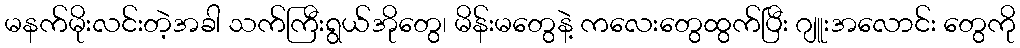
မနက်မိုးလင်းတဲ့အခါ သက်ကြီးရွယ်အိုတွေ၊ မိန်းမတွေနဲ့ ကလေးတွေထွက်ပြီး ဂျူးအလောင်း တွေကို